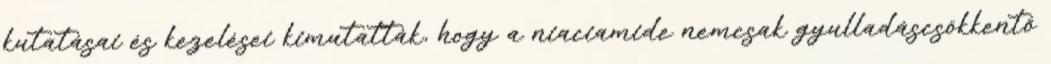
kutatásai és kezelései kimutatták, hogy a niaciamide nemcsak gyulladáscsökkentő